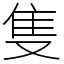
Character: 隻